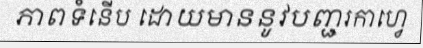
ភាពទំនើប ដោយមាននូវបញ្ជរកាហ្វេ